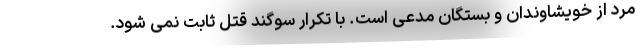
مرد از خویشاوندان و بستگان مدعی است. با تکرار سوگند قتل ثابت نمی شود.